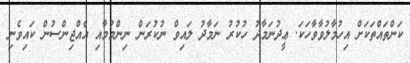
ކަންތައްތަކަށް އިހުމާލުވާވާހަކަ. ޢީދުނަމާދު ހުކުރު ނަމާދު ލައިވް ނުކުރަން ނިންމުމާއި އެއްޖިންސުން ކައިވެނި